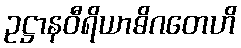
ဥဋ္ဌာနဝီရိယာဓိဂတေဟိ